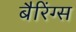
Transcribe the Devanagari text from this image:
बैरिंग्स